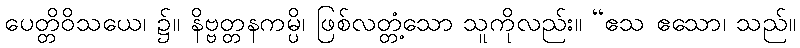
ပေတ္တိဝိသယေ၊ ၌။ နိဗ္ဗတ္တနကမ္ပိ၊ ဖြစ်လတ္တံ့သော သူကိုလည်း။ “ဧသ ဧသော၊ သည်။